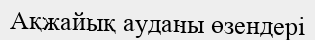
Ақжайық ауданы өзендері